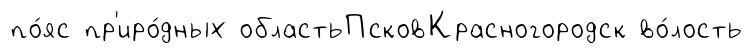
по́яс пр'иро́дных областьПсковКрасногородск во́лость